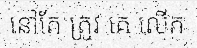
នៅតែ ត្រូវ គេ លើក